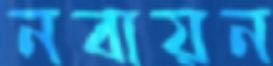
নবায়ন